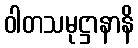
ဝါတသမုဋ္ဌာနာနိ